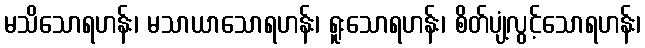
မသိသောရဟန်း၊ မသာယာသောရဟန်း၊ ရူးသောရဟန်း၊ စိတ်ပျံ့လွင့်သောရဟန်း၊